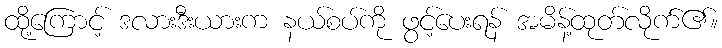
ထို့ကြောင့် ဒလားဒီးယားက နယ်စပ်ကို ဖွင့်ပေးရန် အမိန့်ထုတ်လိုက်၏။